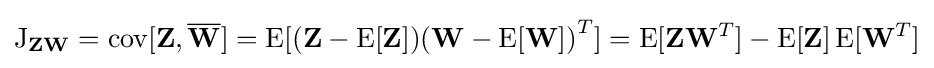
\operatorname {J} _{\mathbf {Z} \mathbf {W} }=\operatorname {cov} [\mathbf {Z} ,{\overline {\mathbf {W} }}]=\operatorname {E} [(\mathbf {Z} -\operatorname {E} [\mathbf {Z} ]){(\mathbf {W} -\operatorname {E} [\mathbf {W} ])}^{T}]=\operatorname {E} [\mathbf {Z} \mathbf {W} ^{T}]-\operatorname {E} [\mathbf {Z} ]\operatorname {E} [\mathbf {W} ^{T}]